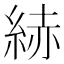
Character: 𦀗